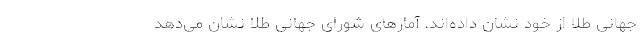
جهانی طلا از خود نشان داده‌اند. آمارهای شورای جهانی طلا نشان می‌دهد